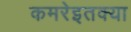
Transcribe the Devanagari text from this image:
कमरेइतक्या